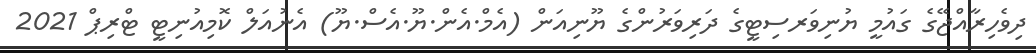
ދިވެހިރާއްޖޭގެ ގައުމީ ޔުނިވަރސިޓީގެ ދަރިވަރުންގެ ޔޫނިއަން (އެމް.އެން.ޔޫ.އެސް.ޔޫ) އެނުއަލް ކޮމިއުނިޓީ ޓްރިޕް 2021